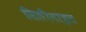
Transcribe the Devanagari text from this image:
सिलीनाइट